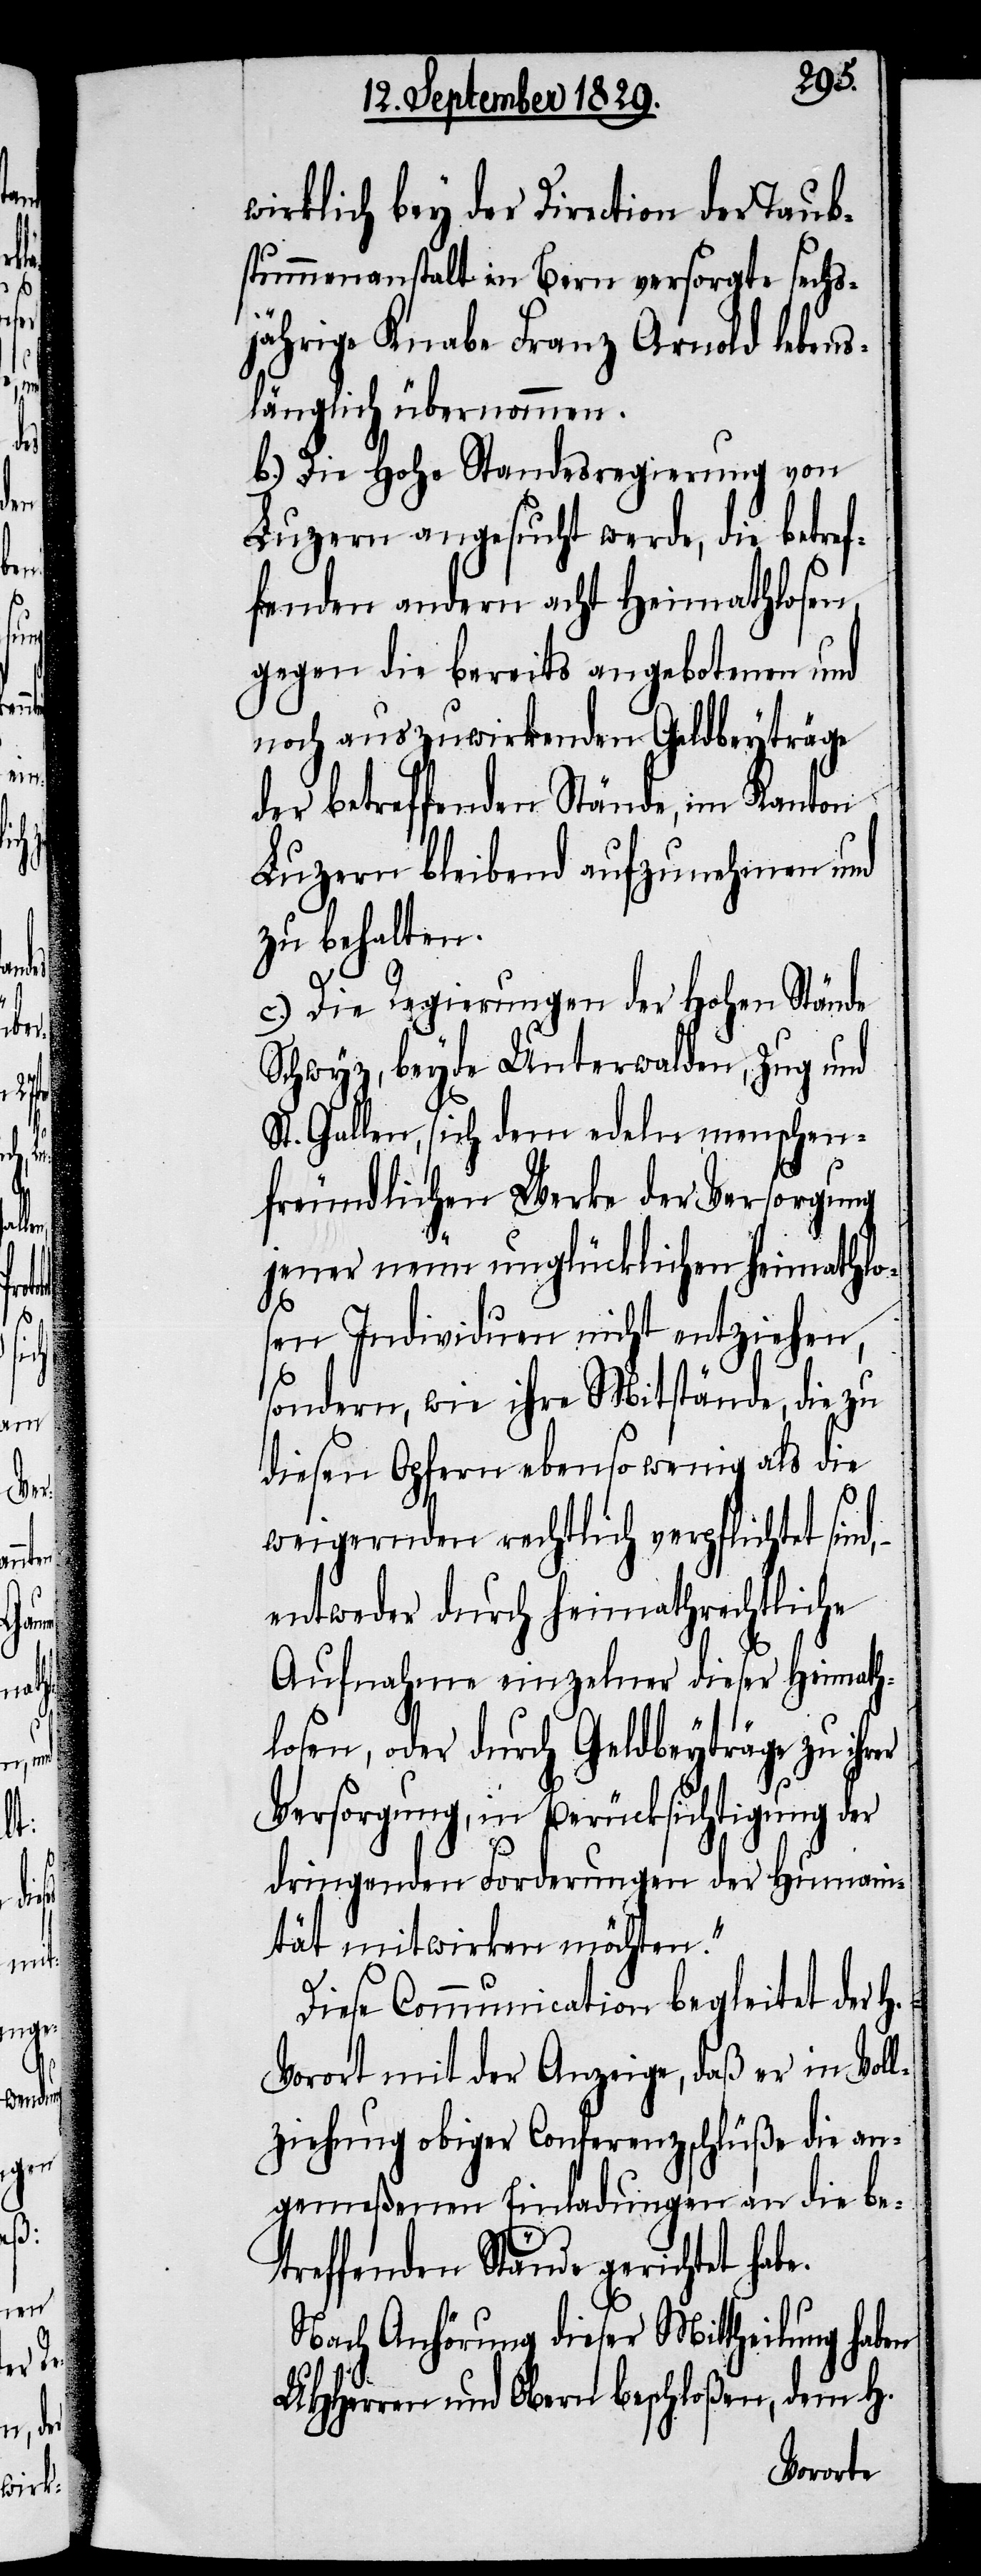
e.

wirklich bey der Direction der Taub¬
stummenanstalt in Bern versorgte sechs¬
jährige Knabe Franz Arnold lebens¬
länglich übernommen.
b.) Die Hohe Standesregierung von
Luzern angesucht werde, die betref¬
fenden andern acht Heimathlosen,
gegen die bereits angebotenen und
noch auszuwirkenden Geldbeyträge
der betreffenden Stände, im Kanton
Luzern bleibend aufzunehmen und
zu behalten.
c.) Die Regierungen der Hohen Stände
Schwyz, beyde Unterwalden, Zug und
St. Gallen, sich dem edeln menschen¬
freundlichen Werke der Versorgung
jener neun unglücklichen heimathlo¬
sen Individuen nicht entziehen,
sondern, wie ihre Mitstände, die zu
diesen Opfern ebenso wenig als die
weigernden rechtlich verpflichtet sind,
entweder durch heimathrechtliche
Aufnahme einzelner dieser Heimath¬
losen, oder durch Geldbeyträge zu ihrer
Versorgung, in Berücksichtigung der
dringenden Forderungen der Human¬
ität mitwirken möchten.“
Diese Communication begleitet der H.
Vorort mit der Anzeige, daß er in Voll¬
ziehung obiger Conferenzschlüße die an¬
gemeßenen Einladungen an die be¬
treffenden Stände gerichtet hab¬
Nach Anhörung dieser Mittheilung haben
UHHerren und Obern beschloßen, dem H.